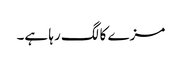
مزے کا لگ رہا ہے۔